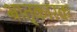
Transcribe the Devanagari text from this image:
भ्रातृ्कारक